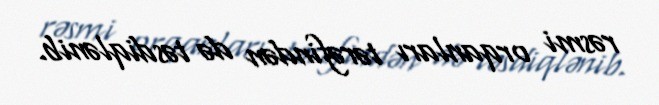
rəsmi orqanları tərəfindən də təsdiqlənib.